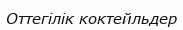
Оттегілік коктейльдер